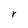
Character: r